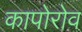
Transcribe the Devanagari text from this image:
कापोरोव